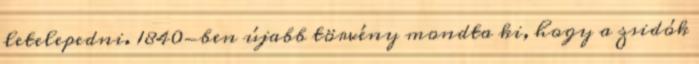
letelepedni. 1840-ben újabb törvény mondta ki, hogy a zsidók